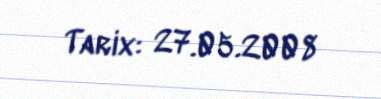
Tarix: 27.05.2008